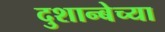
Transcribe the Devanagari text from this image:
दुशान्बेच्या